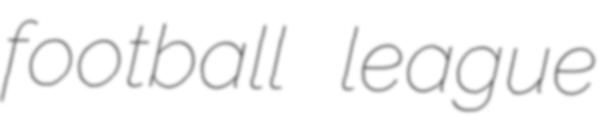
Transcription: football league